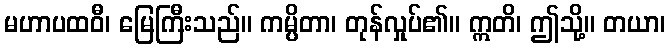
မဟာပထဝီ၊ မြေကြီးသည်။ ကမ္ပိတာ၊ တုန်လှုပ်၏။ ဣတိ၊ ဤသို့။ တယာ၊